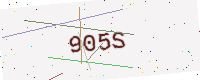
Text: 905S